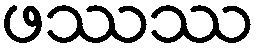
ဖဿဿ